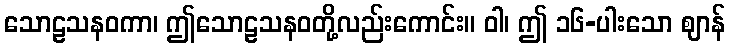
သောဠသနဝကာ၊ ဤသောဠသနဝတို့လည်းကောင်း။ ဝါ၊ ဤ ၁၆-ပါးသော ဈာန်